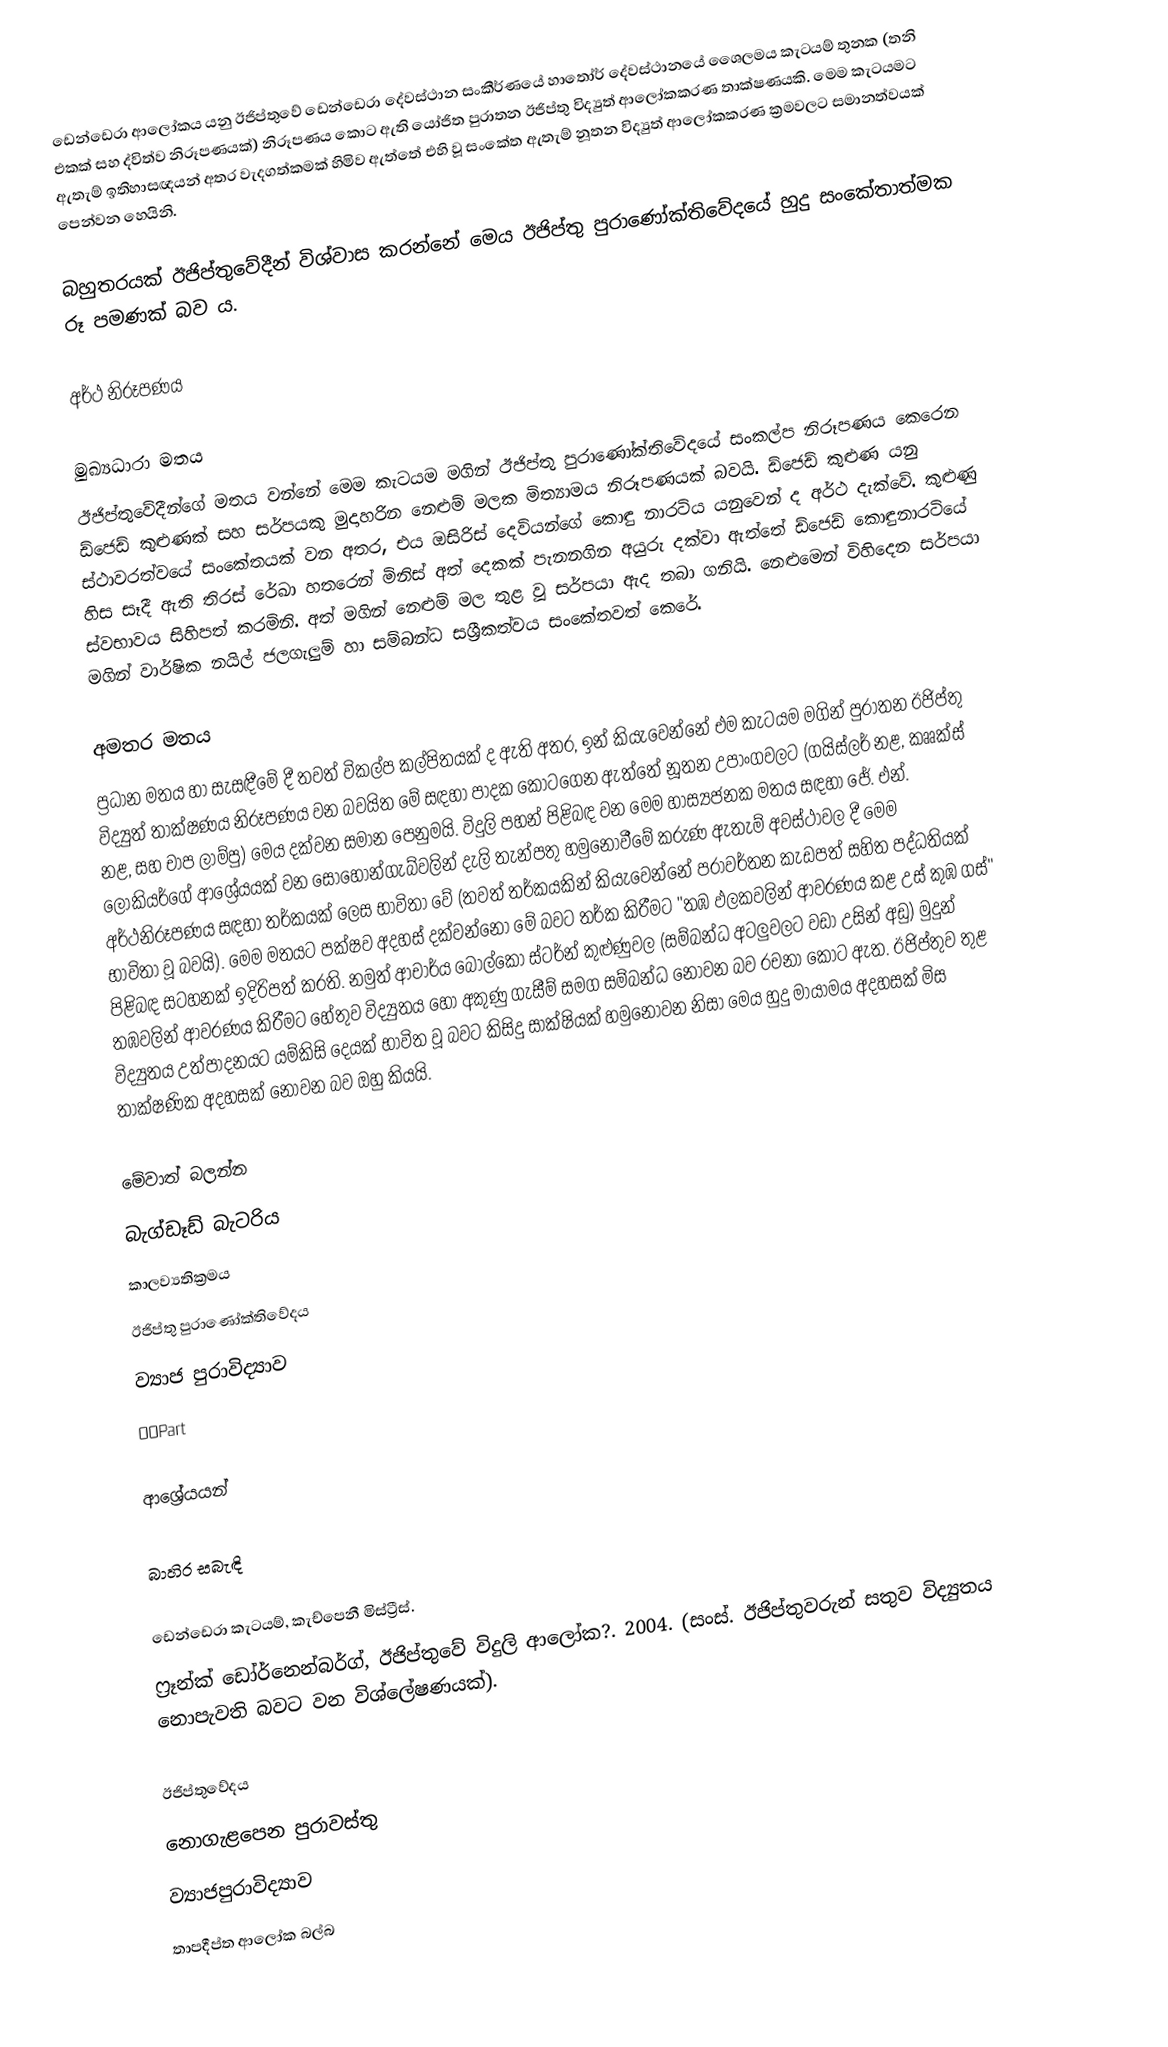
ඩෙන්ඩෙරා ආලෝකය යනු ඊජිප්තුවේ ඩෙන්ඩෙරා දේවස්ථාන සංකීර්ණයේ හාතෝර් දේවස්ථානයේ ශෛලමය කැටයම් තුනක (තනි එකක් සහ ද්විත්ව නිරූපණයක්) නිරූපණය කොට ඇති යෝජිත පුරාතන ඊජිප්තු විද්‍යුත් ආලෝකකරණ තාක්ෂණයකි. මෙම කැටයමට ඇතැම් ඉතිහාසඥයන්‍ අතර වැදගත්කමක් හිමිව ඇත්තේ එහි වූ සංකේත ඇතැම් නූතන විද්‍යුත් ආලෝකකරණ ක්‍රමවලට සමානත්වයක් පෙන්වන හෙයිනි.

බහුතරයක් ඊජිප්තුවේදීන් විශ්වාස කරන්නේ මෙය ඊජිප්තු පුරාණෝක්තිවේදයේ හුදු සංකේතාත්මක රූ පමණක් බව ය.

අර්ථ නිරූපණය

මුඛ්‍යධාරා මතය
ඊජිප්තුවේදීන්ගේ මතය වන්නේ මෙම කැටයම මගින් ඊජිප්තු පුරාණෝක්තිවේදයේ සංකල්ප නිරූපණය කෙරෙන ඩ්ජෙඩ් කුළුණක් සහ සර්පයකු මුදාහරින නෙළුම් මලක මිත්‍යාමය නිරූපණයක් බවයි. ඩ්ජෙඩ් කුළුණ යනු ස්ථාවරත්වයේ සංකේතයක් වන අතර, එය ඔසිරිස් දෙවියන්ගේ කොඳු නාරටිය යනුවෙන් ද අර්ථ දැක්වේ. කුළුණු හිස සෑදී ඇති තිරස් රේඛා හතරෙන් මිනිස් අත් දෙකක් පැනනගින අයුරු දක්වා ඇත්තේ ඩ්ජෙඩ් කොඳුනාරටියේ ස්වභාවය සිහිපත් කරමිනි. අත් මගින් නෙළුම් මල තුළ වූ සර්පයා ඇද තබා ගනියි. නෙළුමෙන් විහිදෙන සර්පයා මගින් වාර්ෂික නයිල් ජලගැලුම් හා සම්බන්ධ සශ්‍රීකත්වය සංකේතවත් කෙරේ.

අමතර මතය
ප්‍රධාන මතය හා සැසඳීමේ දී තවත් විකල්ප කල්පිතයක් ද ඇති අතර, ඉන් කියැවෙන්නේ එම කැටයම මගින් පුරාතන ඊජිප්තු විද්‍යුත් තාක්ෂණය නිරූපණය වන බවයිත මේ සඳහා පාදක කොටගෙන ඇත්තේ නූතන උපාංගවලට (ගයිස්ලර් නළ, කෲක්ස් නළ, සහ චාප ලාම්පු) මෙය දක්වන සමාන පෙනුමයි. විදුලි පහන් පිළිබඳ වන මෙම හාස්‍යජනක මතය සඳහා ජේ. එන්. ලොකියර්ගේ ආශ්‍රේයයක් වන සොහොන්ගැබ්වලින් දැලි තැන්පතු හමුනොවීමේ කරුණ ඇතැම් අවස්ථාවල දී මෙම අර්ථනිරූපණය සඳහා තර්කයක් ලෙස භාවිතා වේ (තවත් තර්කයකින් කියැවෙන්නේ පරාවර්තන කැඩපත් සහිත පද්ධතියක් භාවිතා වූ බවයි). මෙම මතයට පක්ෂව අදහස් දක්වන්නෝ මේ බවට තර්ක කිරීමට "තඹ ඵලකවලින් ආවරණය කළ උස් කුඹ ගස්" පිළිබඳ සටහනක් ඉදිරිපත් කරති. නමුත් ආචාර්ය බොල්කෝ ස්ටර්න් කුළුණුවල (සම්බන්ධ අටලුවලට වඩා උසින් අඩු) මුදුන් තඹවලින් ආවරණය කිරීමට හේතුව විද්‍යුතය හෝ අකුණු ගැසීම් සමග සම්බන්ධ නොවන බව රචනා කොට ඇත. ඊජිප්තුව තුළ විද්‍යුතය උත්පාදනයට යම්කිසි දෙයක් භාවිත වූ බවට කිසිදු සාක්ෂියක් හමුනොවන නිසා මෙය හුදු මායාමය අදහසක් මිස තාක්ෂණික අදහසක් නොවන බව ඔහු කියයි.

මේවාත් බලන්න
 බැග්ඩෑඩ් බැටරිය
 කාලව්‍යතික්‍රමය
 ඊජිප්තු පුරාණෝක්තිවේදය
 ව්‍යාජ පුරාවිද්‍යාව
 OOPart

ආශ්‍රේයයන්

බාහිර සබැඳි

 ඩෙන්ඩෙරා කැටයම්, කැච්පෙනී මිස්ට්‍රීස්.
 ෆ්‍රෑන්ක් ඩෝර්නෙන්බර්ග්, ඊජිප්තුවේ විදුලි ආලෝක?. 2004. (සංස්. ඊජිප්තුවරුන් සතුව විද්‍යුතය නොපැවති බවට වන විශ්ලේෂණයක්).

ඊජිප්තුවේදය
නොගැළපෙන පුරාවස්තු
ව්‍යාජපුරාවිද්‍යාව
තාපදීප්ත ආලෝක බල්බ